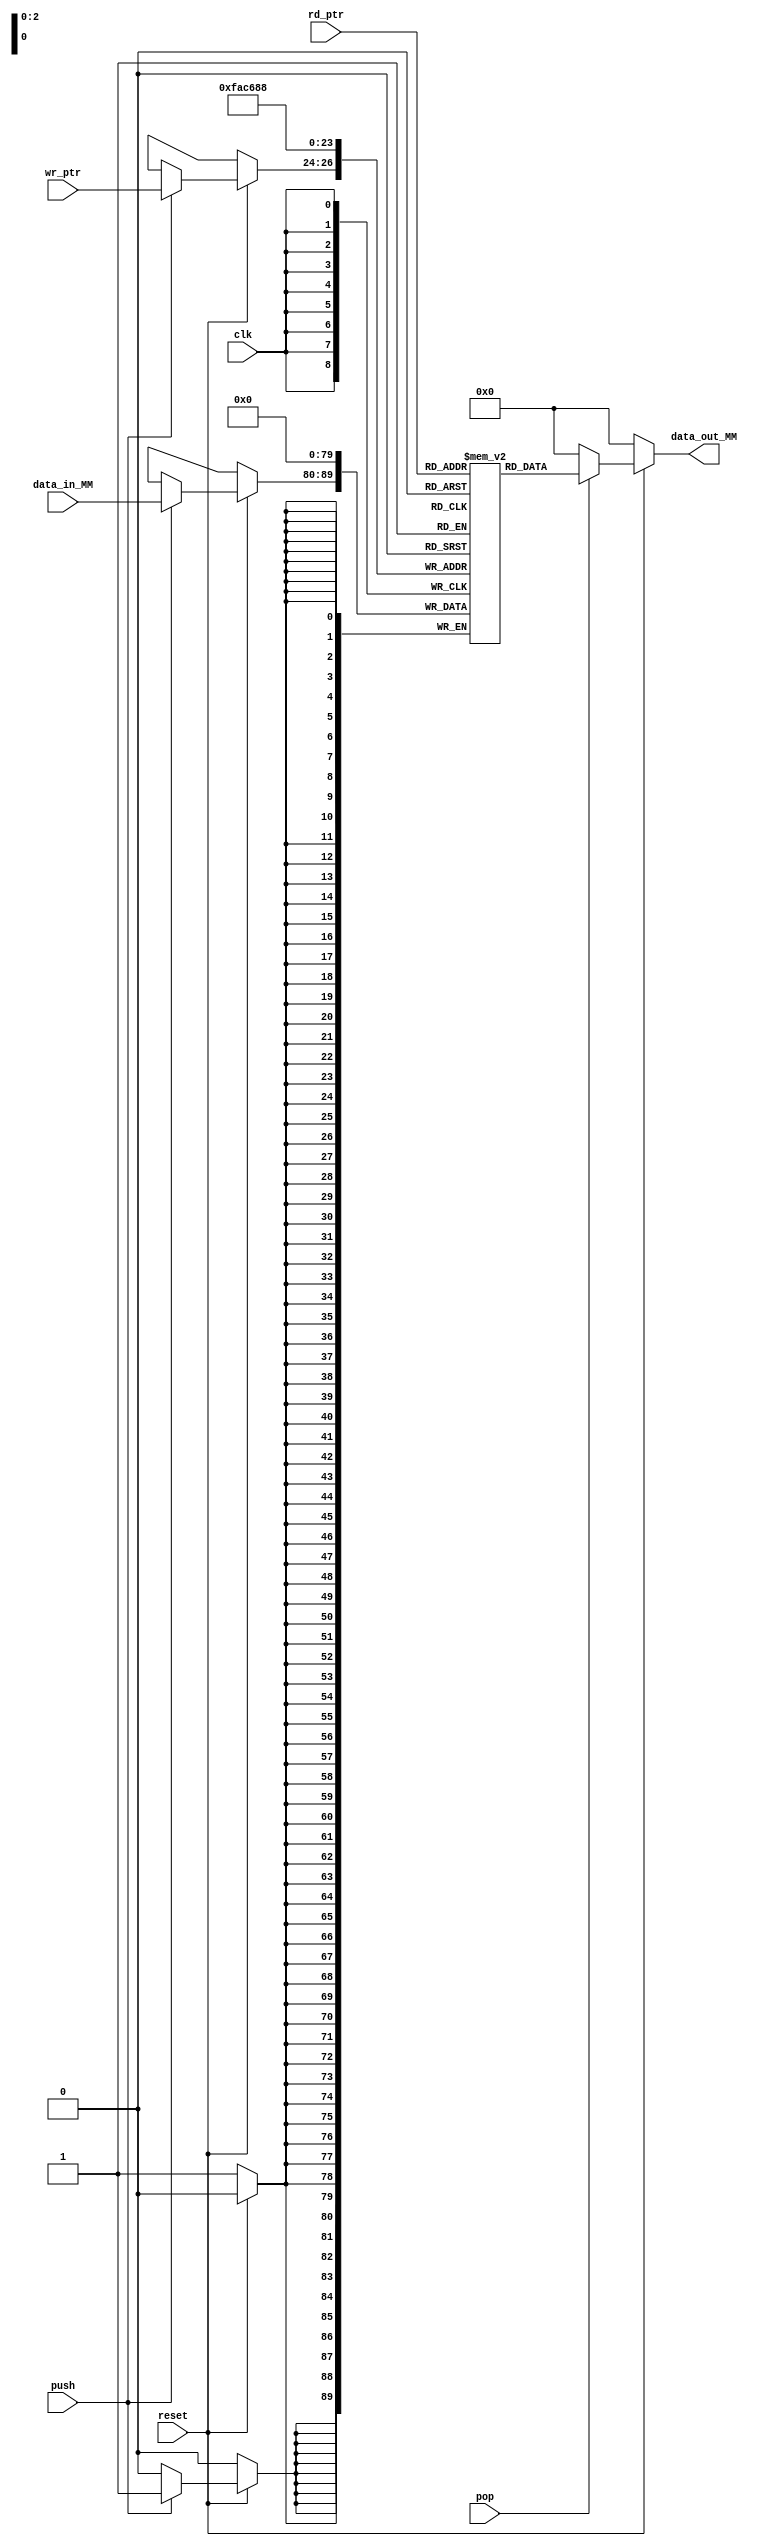
module memory #(
    parameter MEM_SIZE = 8,             // Tamao de la memoria (# de entradas)
    parameter WORD_SIZE = 10,           // Cantidad de bits
    parameter PTR = 3                   // Longitud de bits para el puntero
)(
    input [PTR-1:0] rd_ptr,             // Puntero de lectura
    input [PTR-1:0] wr_ptr,              // Puntero de escritura
    input [WORD_SIZE-1:0] data_in_MM,   // Datos de lectura
    input push,
    input pop,
    input reset,
    input clk,
    output reg [WORD_SIZE-1:0] data_out_MM  // Salida de la memoria
);
    
    reg [WORD_SIZE-1:0] Mem [MEM_SIZE-1:0]; // Celda de memoria
    integer i;

    always @(posedge clk)begin
        if(!reset)begin                     // Con el reset en bajo
            for(i=0; i < MEM_SIZE; i = i + 1) begin     // No entra nada a la memoria
                Mem[i] <= 0;
            end
        end
        else begin                           // Reset en alto
            if(push) begin
                Mem[wr_ptr] <= data_in_MM;   // Se hace POP, sale el dato de la memoria a la salida
            end      
        end 
    end

    always @(*)begin
        if(!reset) begin                      // Reset en bajo
            data_out_MM <= 0;                 // La salida de la memoria es 0
        end 
        else begin                            // Reset en alto 
            if(pop) begin
                data_out_MM <= Mem[rd_ptr];   // Se hace POP, sale el dato de la memoria a la salida
            end
            else begin 
                data_out_MM <= 0;                 // Si no se hace POP, no sale el dato de la memoria a la salida
            end
        end
    end 
endmodule